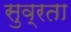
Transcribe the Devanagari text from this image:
सुव्रता